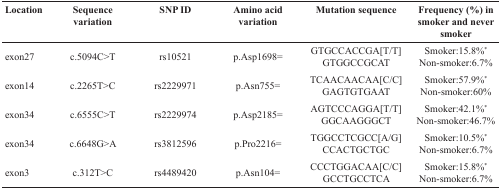
<table><thead><tr><td><b>Location</b></td><td><b>Sequence variation</b></td><td><b>SNP ID</b></td><td><b>Amino acid variation</b></td><td><b>Mutation sequence</b></td><td><b>Frequency (%) in smoker and never smoker</b></td></tr></thead><tbody><tr><td>exon27</td><td>c.5094C&gt;T</td><td>rs10521</td><td>p.Asp1698=</td><td>GTGCCACCGA[T/T]GTGGCCGCAT</td><td>Smoker:15.8%<sup>*</sup>Non-smoker:6.7%</td></tr><tr><td>exon14</td><td>c.2265T&gt;C</td><td>rs2229971</td><td>p.Asn755=</td><td>TCAACAACAA[C/C]GAGTGTGAAT</td><td>Smoker:57.9%<sup>*</sup>Non-smoker:60%</td></tr><tr><td>exon34</td><td>c.6555C&gt;T</td><td>rs2229974</td><td>p.Asp2185=</td><td>AGTCCCAGGA[T/T]GGCAAGGGCT</td><td>Smoker:42.1%<sup>*</sup>Non-smoker:46.7%</td></tr><tr><td>exon34</td><td>c.6648G&gt;A</td><td>rs3812596</td><td>p.Pro2216=</td><td>TGGCCTCGCC[A/G]CCACTGCTGC</td><td>Smoker:10.5%<sup>*</sup>Non-smoker:6.7%</td></tr><tr><td>exon3</td><td>c.312T&gt;C</td><td>rs4489420</td><td>p.Asn104=</td><td>CCCTGGACAA[C/C]GCCTGCCTCA</td><td>Smoker:15.8%<sup>*</sup>Non-smoker:6.7%</td></tr></tbody></table>